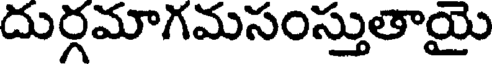
దుర్గమాగమసంస్తుతాయై